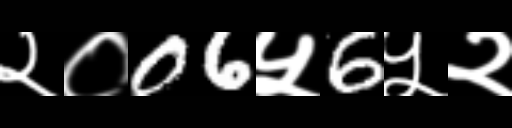
Text: २०06५6५२